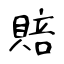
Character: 賠